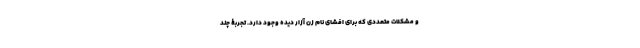
و مشکلات متعددی که برای افشای نام زن آزار دیده وجود دارد. تجربۀ چند